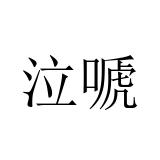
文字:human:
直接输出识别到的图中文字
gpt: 泣嗁